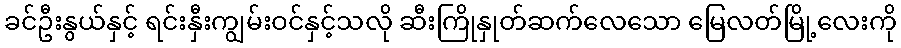
ခင်ဦးနွယ်နှင့် ရင်းနှီးကျွမ်းဝင်နှင့်သလို ဆီးကြိုနှုတ်ဆက်လေသော မြေလတ်မြို့လေးကို